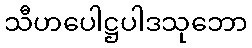
သီဟပေါဋ္ဌပါဒသုဘော